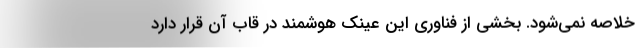
خلاصه نمی‌شود. بخشی از فناوری این عینک هوشمند در قاب آن قرار دارد